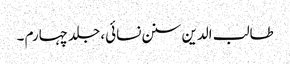
طالب الدین سنن نسائی، جلد چہارم ۔